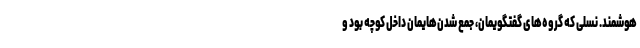
هوشمند. نسلی که گروه‌های گفتگویمان، جمع شدن‌هایمان داخل کوچه بود و